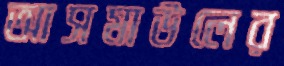
আসমাউলের